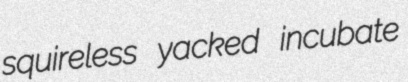
squireless yacked incubate